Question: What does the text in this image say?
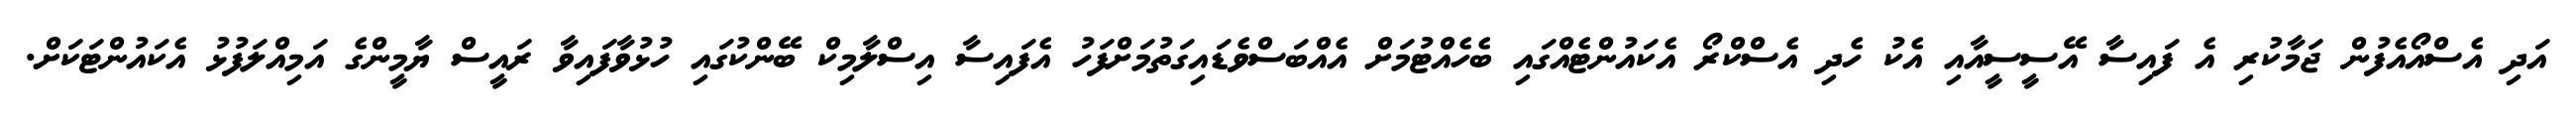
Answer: އަދި އެސްއޯއެފުން ޖަމާކުރި އެ ފައިސާ އޭސީސީއާއި އެކު ހެދި އެސްކްރޯ އެކައުންޓެއްގައި ބެހެއްޓުމަށް އެއްބަސްވެޑައިގަތުމަށްފަހު އެފައިސާ އިސްލާމިކް ބޭންކުގައި ހުޅުވާފައިވާ ރައީސް ޔާމީންގެ އަމިއްލަފުޅު އެކައުންޓަކަށް.